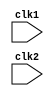
module Processor(clk1,clk2);

input clk1, clk2;

reg [8:0] PC, IF_ID_IR, IF_ID_NPC;
reg [8:0] ID_EX_IR, ID_EX_NPC, ID_EX_A, ID_EX_B, ID_EX_Imm;
reg [1:0] ID_EX_type, EX_MEM_type, MEM_WB_type;
reg [8:0] EX_MEM_IR, EX_MEM_ALUOut, EX_MEM_B;
reg [8:0] MEM_WB_IR, MEM_WB_ALUOut;

reg [8:0] Reg [0:11];   //12 Registers storing 9 bit data
reg [8:0] Mem [0:1023]; //1024 x 9 bit memory

parameter MV = 3'b000,MVI = 3'b001 ,ADD = 3'b010,SUB = 3'b011,
          AND = 3'b100, OR = 3'b101, XOR = 3'b110,NOT=3'b111;

parameter RR_ALU=1'b00, RM_ALU=1'b01;



//Instruction Fetch stage
always @(posedge clk1)
	

	    begin
	             IF_ID_IR  <= #2 Mem[PC];                           //picking instruction from memory
	             IF_ID_NPC <= #2 PC+1;                              //updating new program counter
		         PC        <= #2 PC+1;                              //updating program counter
		end
	
	     

//Instruction Decode Stage
always @(posedge clk2)
	
	begin
	    if (IF_ID_IR[5:3] ==5'b000)                            //updating register A
		ID_EX_A <=0;
	    else
		ID_EX_A <= #2 Reg[IF_ID_IR[5:3]];  //rx

	    if (IF_ID_IR[2:0] ==5'b000)                            //updating register B
		ID_EX_B <=0;
	    else
		ID_EX_B <= #2 Reg[IF_ID_IR[2:0]];  //ry

	     ID_EX_NPC  <= #2 IF_ID_NPC;                               //forwarding NPC to execution stage
	     ID_EX_IR   <= #2 IF_ID_IR;                                //forwarding instruction to execution stage
	     ID_EX_Imm  <= #2 {{6{IF_ID_IR[2]}}, {IF_ID_IR[2:0]}};         //sign extending immediate value to 9bits

	    case (IF_ID_IR[8:6])                                    //declaring type of opcode
	    
		MV,ADD,SUB,AND,OR,XOR,NOT:   ID_EX_type <= #2 RR_ALU;
		MVI :	                     ID_EX_type <= #2 RM_ALU;
		
		endcase
	end

//Execution Stage
always @(posedge clk1)
	
	begin
	     EX_MEM_type   <= #2 ID_EX_type;                          //forwarding type of opcode memory stage
	     EX_MEM_IR     <= #2 ID_EX_IR;                            //forwarding instruction to memory stage
	                                   

	case (ID_EX_type)                                             //executing function according to type                  
		RR_ALU: begin
			case (ID_EX_IR[8:6])
                MV:    begin  
                         ID_EX_A <= #1 ID_EX_B ;
                         EX_MEM_ALUOut <= #1 ID_EX_A; 
                       end
				ADD:     EX_MEM_ALUOut <= #2 ID_EX_A + ID_EX_B;
				SUB:     EX_MEM_ALUOut <= #2 ID_EX_A - ID_EX_B;
				AND:     EX_MEM_ALUOut <= #2 ID_EX_A & ID_EX_B;
				OR:      EX_MEM_ALUOut <= #2 ID_EX_A | ID_EX_B;
				XOR:     EX_MEM_ALUOut <= #2 ID_EX_A ^ ID_EX_B;
				
				default: EX_MEM_ALUOut <= #2 9'bxxxxxxxx;
			endcase
			end

		RM_ALU: begin
			case (ID_EX_IR[8:6])
				
		                MVI: begin 
		                     ID_EX_A       <= #1 ID_EX_Imm; 
                             EX_MEM_ALUOut <= #1 ID_EX_A; 
                             end
		                default: EX_MEM_ALUOut <= #2 9'bxxxxxxxx;
			endcase
			end

		
	endcase
	end

//Memory Stage 
always @(posedge clk2)
	
	begin
	     MEM_WB_type <= #2 EX_MEM_type;                           //forwarding type to write back stage
	     MEM_WB_IR   <= #2 EX_MEM_IR;                             //forwarding instruction to write back stage

	case (EX_MEM_type)
		RR_ALU, RM_ALU: MEM_WB_ALUOut <= #2 EX_MEM_ALUOut;

	endcase
	end

//Write Back Stage
always @(posedge clk1)
	begin


	case ( MEM_WB_type)
		RR_ALU: Reg[MEM_WB_IR[5:3]] <= #2 MEM_WB_ALUOut;           //writing back in destination register(rd) 

		RM_ALU: Reg[MEM_WB_IR[2:0]] <= #2 MEM_WB_ALUOut;           //writing back in destination register(rt)

	

		
	endcase
	end


endmodule